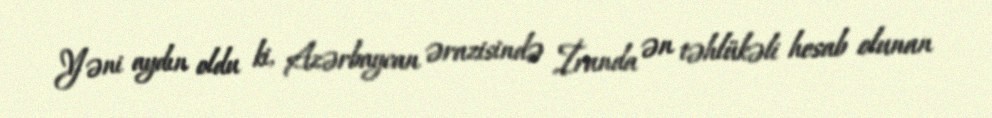
Yəni aydın oldu ki, Azərbaycan ərazisində İranda ən təhlükəli hesab olunan